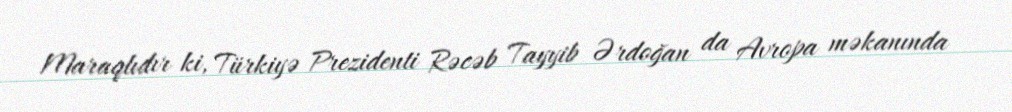
Maraqlıdır ki, Türkiyə Prezidenti Rəcəb Tayyib Ərdoğan da Avropa məkanında